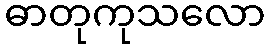
ဓာတုကုသလော